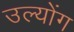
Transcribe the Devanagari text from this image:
उल्योंग